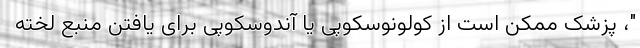
"، پزشک ممکن است از کولونوسکوپی یا آندوسکوپی برای یافتن منبع لخته